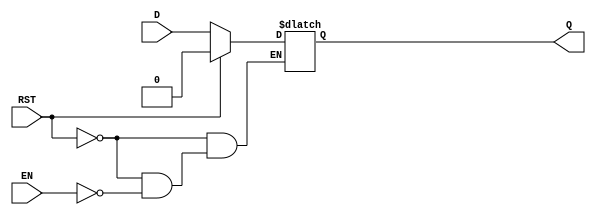
module async_register (
    input wire D,        // Data input
    input wire EN,       // Enable signal
    input wire RST,      // Asynchronous reset
    output reg Q         // Data output
);

    // Asynchronous process
    always @* begin
        if (RST) begin
            Q = 1'b0; // Asynchronous reset to 0
        end else if (EN) begin
            Q = D;    // Capture the data input when enabled
        end
        // If RST is not asserted and EN is low, Q retains its previous value
    end

endmodule